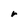
Character: r